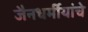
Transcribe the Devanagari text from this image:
जैनधर्मीयांचे